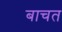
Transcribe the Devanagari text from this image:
बाचत